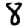
Digit: 8